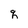
Character: q